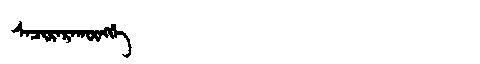
Manchu: ᠰᠠᠴᡳᡵᠠᡵᠠᡴᡡᠩᡤᡝ
Romanization: SACIRARAKŪNGGE